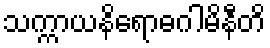
သက္ကာယနိရောဓဂါမိနီတိ